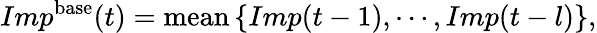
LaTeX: Imp^{\mathrm{base}}(t)={\mathrm{mean}}\left\{ Imp(t-1),\cdots,Imp(t-l)\right\} ,